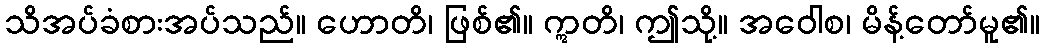
သိအပ်ခံစားအပ်သည်။ ဟောတိ၊ ဖြစ်၏။ ဣတိ၊ ဤသို့။ အဝေါစ၊ မိန့်တော်မူ၏။